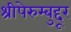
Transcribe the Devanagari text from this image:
श्रीपेरुम्बुद्दूर